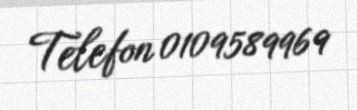
Telefon 0109589969